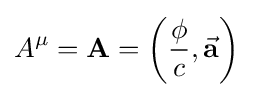
A^{\mu }=\mathbf {A} =\left({\frac {\phi }{c}},{\vec {\mathbf {a} }}\right)